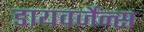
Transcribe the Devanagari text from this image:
डायवर्जेन्स